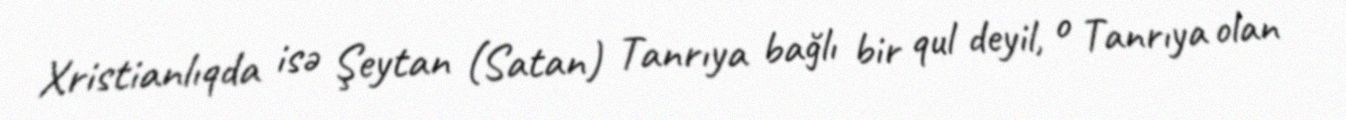
Xristianlıqda isə Şeytan (Satan) Tanrıya bağlı bir qul deyil, o Tanrıya olan